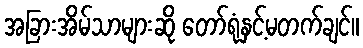
အခြားအိမ်သာများဆို တော်ရုံနှင့်မတက်ချင်။